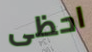
احظى